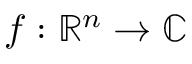
f : \mathbb { R } ^ { n } \to \mathbb { C }